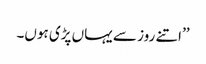
’’اتنے روز سے یہاں پڑی ہوں۔